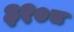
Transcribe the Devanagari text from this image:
३१०८